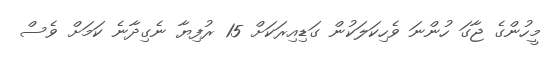
މީހުންގެ ޖާގަ ހުންނަ ވެހިކަލަކުން ގަޑިއިރަކަށް 15 ރުފިޔާ ނެގިދާނެ ކަމަށް ވެސް